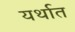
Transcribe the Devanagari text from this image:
यर्थात